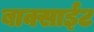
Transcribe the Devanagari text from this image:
बाक्साईट